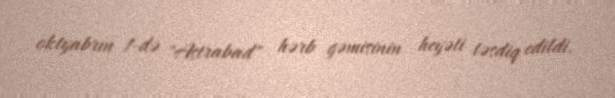
oktyabrın 1-də "Astrabad" hərb gəmisinin heyəti təsdiq edildi.